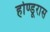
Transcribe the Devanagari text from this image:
होण्डूरास